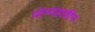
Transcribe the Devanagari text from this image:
योग्यताहीन